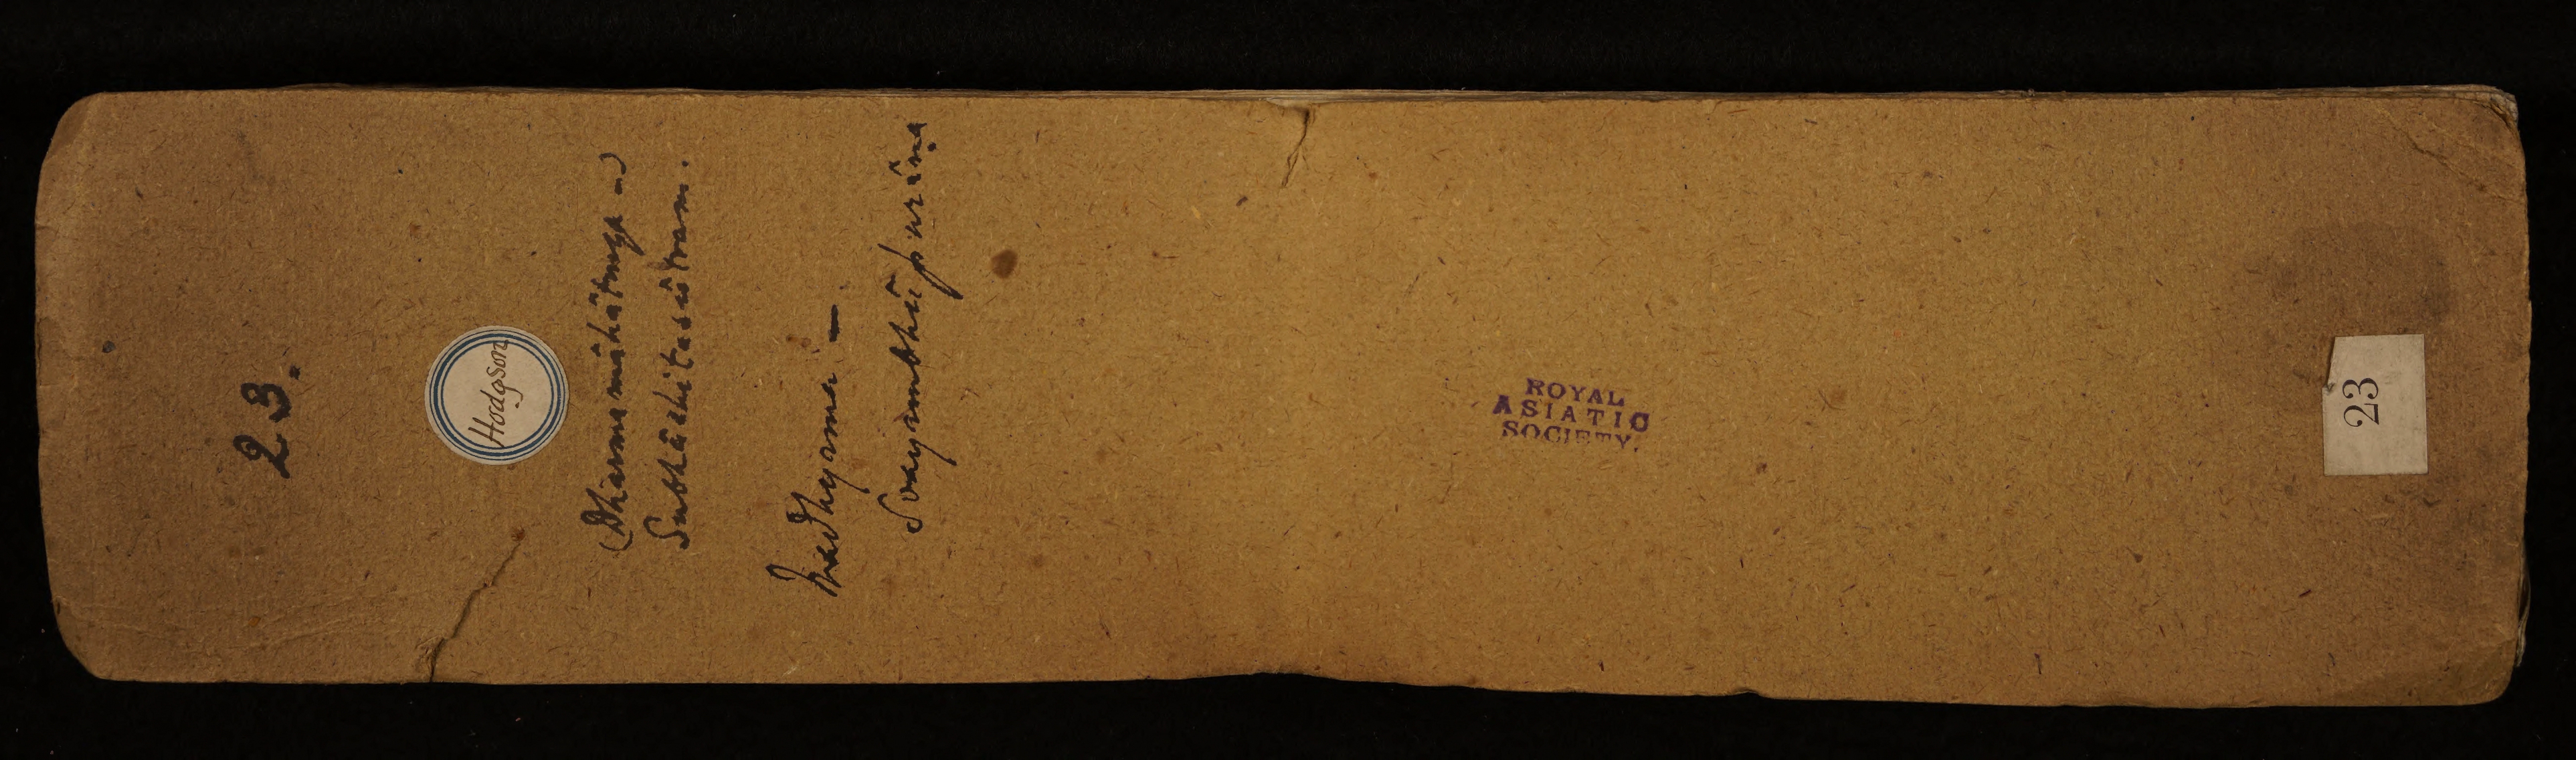
ROYAL ASIATIC SOCIETY